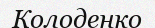
Колоденко